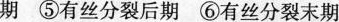
期 ⑤有丝分裂后期 ⑥有丝分裂末期